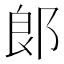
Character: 郞